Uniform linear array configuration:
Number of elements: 12
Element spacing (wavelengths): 0.5
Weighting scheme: kaiser
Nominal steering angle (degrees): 15
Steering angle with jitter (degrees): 16.422
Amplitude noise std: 0.05
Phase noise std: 0.05

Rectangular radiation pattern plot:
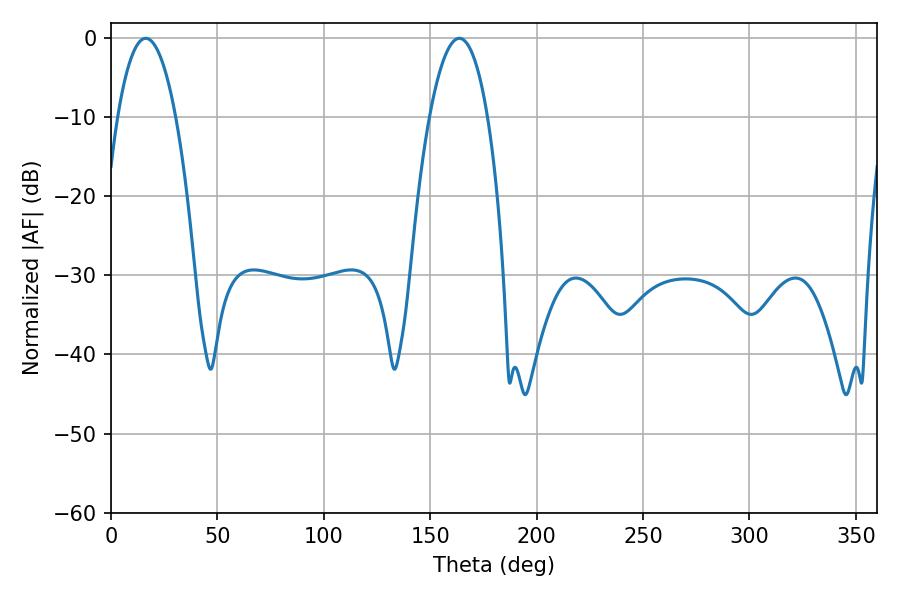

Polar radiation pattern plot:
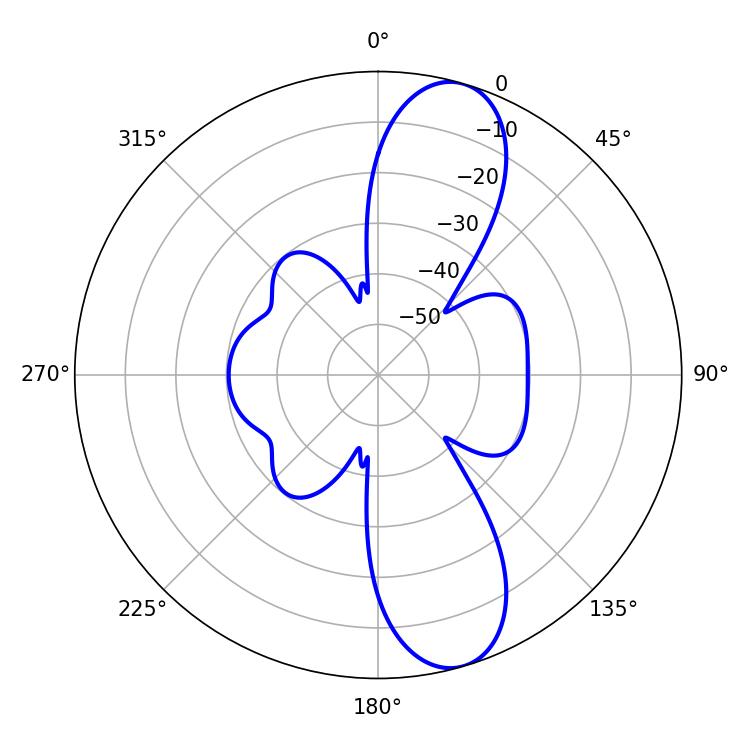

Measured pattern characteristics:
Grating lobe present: FALSE
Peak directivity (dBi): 10.972
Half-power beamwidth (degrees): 15.12
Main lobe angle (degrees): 16.38